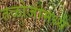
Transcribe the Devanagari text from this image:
तळोजामध्ये